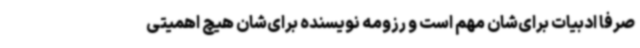
صرفا ادبیات برای‌شان مهم است و رزومه نویسنده برای‌شان هیچ اهمیتی